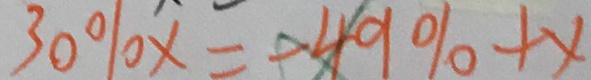
3 0 \% x = - 4 9 \% + x